Civil Veterinary Department Bengal reports 1923-33 - 1923-1933
Year: 1923
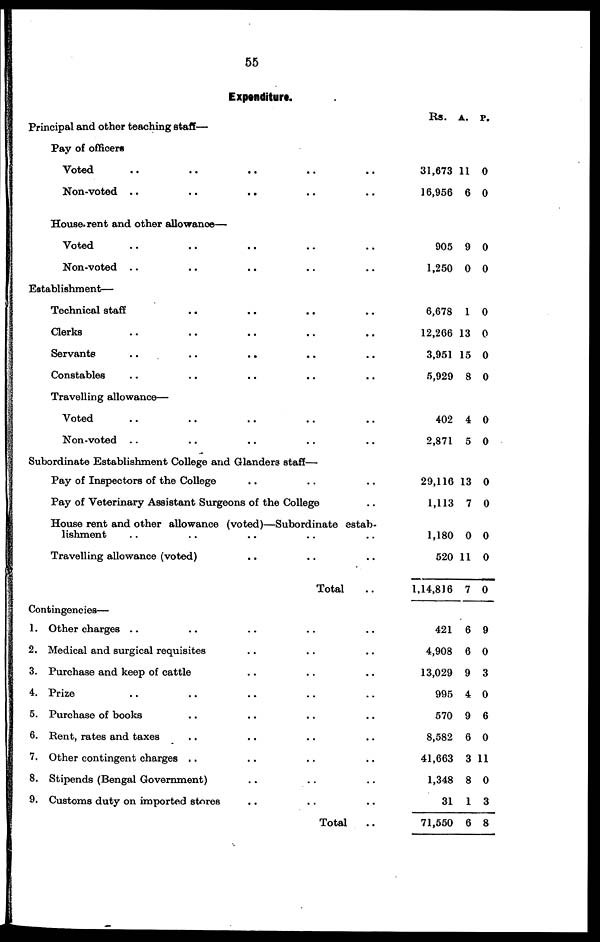
55
Expenditure.
Principal and other teaching staff—
Pay of officers
Voted .. .. .. .. ..
Non-voted .. .. .. .. ..
House rent and other allowance—
Voted .. .. .. .. ..
Non-voted .. .. .. .. ..
Establishment—
Technical staff .. .. .. ..
Clerks .. .. .. .. ..
Servants .. .. .. .. ..
Constables .. .. .. .. ..
Travelling allowance—
Voted .. .. .. .. ..
Non-voted .. .. .. .. ..
Subordinate Establishment College and Glanders staff—
Pay of Inspectors of the College .. .. ..
Pay of Veterinary Assistant Surgeons of the College ..
House rent and other allowance (voted)—Subordinate estab-
lishment .. .. .. .. ..
Travelling allowance (voted) .. .. ..
Total ..
Contingencies—
1. Other charges .. .. .. .. ..
2. Medical and surgical requisites .. .. ..
3. Purchase and keep of cattle .. .. ..
4. Prize .. .. .. .. ..
5. Purchase of books .. .. .. ..
6. Rent, rates and taxes .. .. .. ..
7. Other contingent charges .. .. .. ..
8. Stipends (Bengal Government) .. .. ..
9. Customs duty on imported stores .. .. ..
Total ..
Rs. A. P.
31,673 11 0
16,956 6 0
905 9 0
1,250 0 0
6,678 1 0
12,266 13 0
3,951 15 0
5,929 8 0
402 4 0
2,871 5 0
29,116 13 0
1,113 7 0
1,180 0 0
520 11 0
1,14,816 7 0
421 6 9
4,908 6 0
13,029 9 3
995 4 0
570 9 6
8,582 6 0
41,663 3 11
1,348 8 0
31 1 3
71,550 6 8